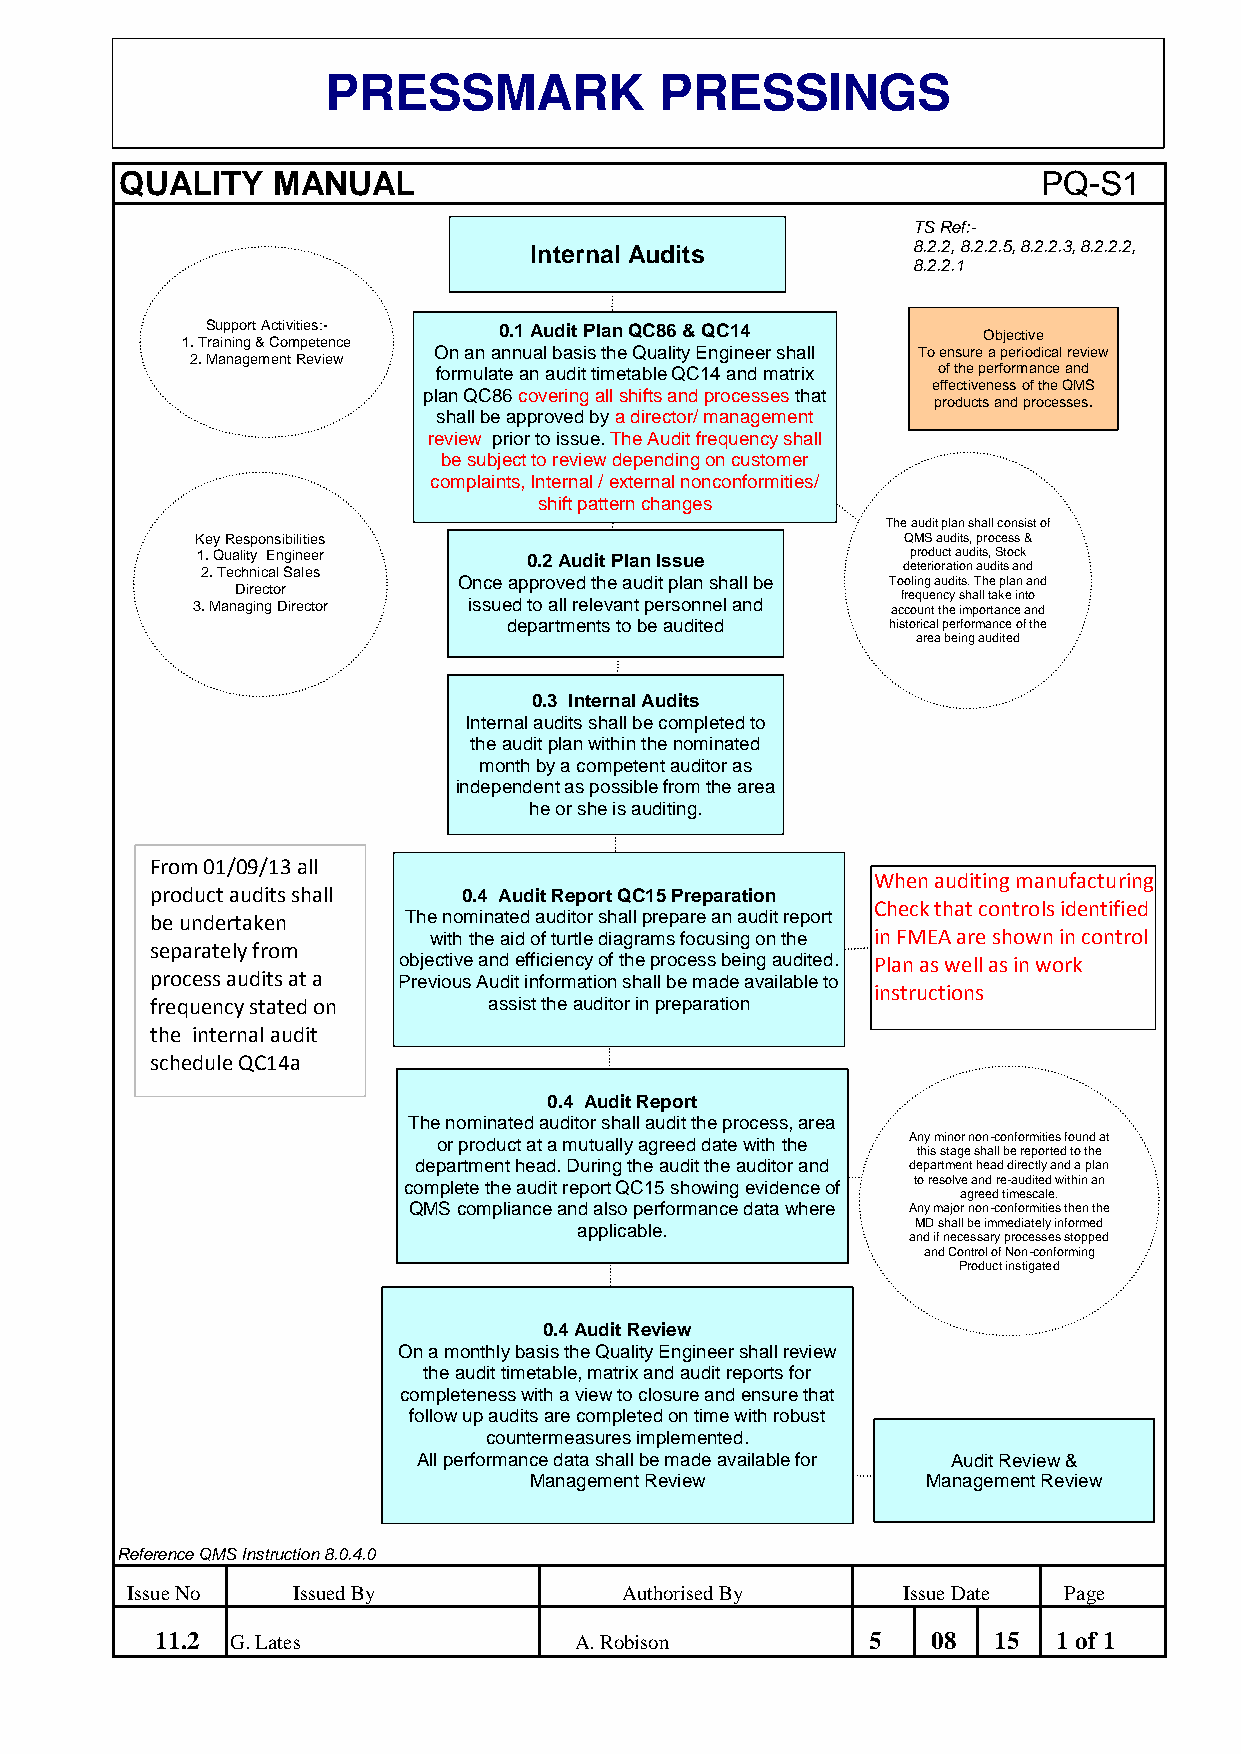
PRESSMARK             PRESSINGS
 QUALITY   MANUAL                                             PQ-S1
 TS Ref:-
 Internal Audits          8.2.2, 8.2.2.5, 8.2.2.3, 8.2.2.2,
 8.2.2.1
 Support Activities:- 0.1 Audit Plan QC86 & QC14
 Objective
 1. Training & Competence
 On an annual basis the Quality Engineer shall To ensure a periodical review
 2. Management Review
 formulate an audit timetable QC14 and matrix of the performance and
 effectiveness of the QMS
 plan QC86 covering all shifts and processes that
 products and processes.
 shall be approved by a director/ management
 review prior to issue. The Audit frequency shall
 be subject to review depending on customer
 complaints, Internal / external nonconformities/
 shift pattern changes
 The audit plan shall consist of
 Key Responsibilities                           QMS audits, process &
 1. Quality Engineer   0.2 Audit Plan Issue     product audits, Stock
 2. Technical Sales                             deterioration audits and
 Once approved the audit plan shall be Tooling audits. The plan and
 Director
 frequency shall take into
 3. Managing Director issued to all relevant personnel and account the importance and
 departments to be audited historical performance of the
 area being audited
 0.3 Internal Audits
 Internal audits shall be completed to
 the audit plan within the nominated
 month by a competent auditor as
 independent as possible from the area
 he or she is auditing.
 From 01/09/13 all
 When auditing manufacturing
 product audits shall 0.4 Audit Report QC15 Preparation
 Check that controls identified
 be undertaken    The nominated auditor shall prepare an audit report
 with the aid of turtle diagrams focusing on the in FMEA are shown in control
 separately from
 objective and efficiency of the process being audited. Plan as well as in work
 process audits at a Previous Audit information shall be made available to
 instructions
 frequency stated on   assist the auditor in preparation
 the internal audit
 schedule QC14a
 0.4 Audit Report
 The nominated auditor shall audit the process, area
 or product at a mutually agreed date with the Any minor non-conformities found at
 this stage shall be reported to the
 department head. During the audit the auditor and department head directly and a plan
 complete the audit report QC15 showing evidence of to resolve and re-audited within an
 agreed timescale.
 QMS compliance and also performance data where Any major non-conformities then the
 applicable.            MD shall be immediately informed
 and if necessary processes stopped
 and Control of Non-conforming
 Product instigated
 0.4 Audit Review
 On a monthly basis the Quality Engineer shall review
 the audit timetable, matrix and audit reports for
 completeness with a view to closure and ensure that
 follow up audits are completed on time with robust
 countermeasures implemented.
 All performance data shall be made available for Audit Review &
 Management Review         Management Review
 Reference QMS Instruction 8.0.4.0
 Issue No   Issued By             Authorised By      Issue Date Page
 11.2 G. Lates               A. Robison         5    08  15  1 of 1